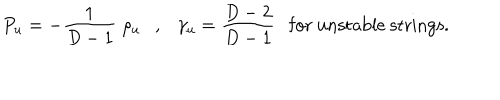
P _ { u } = - { \frac { 1 } { D - 1 } } \; \rho _ { u } , \gamma _ { u } = { \frac { D - 2 } { D - 1 } } \mathrm { f o r ~ u n s t a b l e ~ s t r i n g s . }